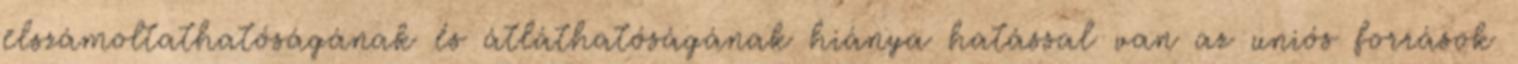
elszámoltathatóságának és átláthatóságának hiánya hatással van az uniós források